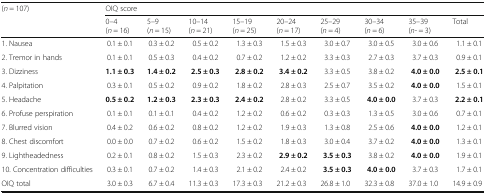
<table><thead><tr><td rowspan="2"><b>(<i>n</i> = 107)</b></td><td colspan="9"><b>OIQ score</b></td></tr><tr><td><b>0–4(<i>n</i> = 16)</b></td><td><b>5–9(<i>n</i> = 15)</b></td><td><b>10–14(<i>n</i> = 21)</b></td><td><b>15–19(<i>n</i> = 25)</b></td><td><b>20–24(<i>n</i> = 17)</b></td><td><b>25–29(<i>n</i> = 4)</b></td><td><b>30–34(<i>n</i> = 6)</b></td><td><b>35–39(<i>n</i>- = 3)</b></td><td><b>Total</b></td></tr></thead><tbody><tr><td>1. Nausea</td><td>0.1 ± 0.1</td><td>0.3 ± 0.2</td><td>0.5 ± 0.2</td><td>1.3 ± 0.3</td><td>1.5 ± 0.3</td><td>3.0 ± 0.7</td><td>3.0 ± 0.5</td><td>3.0 ± 0.6</td><td>1.1 ± 0.1</td></tr><tr><td>2. Tremor in hands</td><td>0.1 ± 0.1</td><td>0.5 ± 0.3</td><td>0.4 ± 0.2</td><td>0.7 ± 0.2</td><td>1.2 ± 0.2</td><td>3.3 ± 0.3</td><td>2.7 ± 0.3</td><td>3.7 ± 0.3</td><td>0.9 ± 0.1</td></tr><tr><td>3. Dizziness</td><td><b>1.1 ± 0.3</b></td><td><b>1.4 ± 0.2</b></td><td><b>2.5 ± 0.3</b></td><td><b>2.8 ± 0.2</b></td><td><b>3.4 ± 0.2</b></td><td>3.3 ± 0.5</td><td>3.8 ± 0.2</td><td><b>4.0 ± 0.0</b></td><td><b>2.5 ± 0.1</b></td></tr><tr><td>4. Palpitation</td><td>0.3 ± 0.1</td><td>0.5 ± 0.2</td><td>0.9 ± 0.2</td><td>1.8 ± 0.2</td><td>2.8 ± 0.3</td><td>2.5 ± 0.7</td><td>3.5 ± 0.2</td><td><b>4.0 ± 0.0</b></td><td>1.5 ± 0.1</td></tr><tr><td>5. Headache</td><td><b>0.5 ± 0.2</b></td><td><b>1.2 ± 0.3</b></td><td><b>2.3 ± 0.3</b></td><td><b>2.4 ± 0.2</b></td><td>2.8 ± 0.2</td><td>3.3 ± 0.5</td><td><b>4.0 ± 0.0</b></td><td>3.7 ± 0.3</td><td><b>2.2 ± 0.1</b></td></tr><tr><td>6. Profuse perspiration</td><td>0.1 ± 0.1</td><td>0.1 ± 0.1</td><td>0.4 ± 0.2</td><td>1.2 ± 0.2</td><td>0.6 ± 0.2</td><td>0.3 ± 0.3</td><td>1.3 ± 0.5</td><td>3.0 ± 0.6</td><td>0.7 ± 0.1</td></tr><tr><td>7. Blurred vision</td><td>0.4 ± 0.2</td><td>0.6 ± 0.2</td><td>0.8 ± 0.2</td><td>1.2 ± 0.2</td><td>1.9 ± 0.3</td><td>1.3 ± 0.8</td><td>2.5 ± 0.6</td><td><b>4.0 ± 0.0</b></td><td>1.2 ± 0.1</td></tr><tr><td>8. Chest discomfort</td><td>0.0 ± 0.0</td><td>0.7 ± 0.2</td><td>0.6 ± 0.2</td><td>1.5 ± 0.2</td><td>1.8 ± 0.3</td><td>3.0 ± 0.4</td><td>3.7 ± 0.2</td><td><b>4.0 ± 0.0</b></td><td>1.3 ± 0.1</td></tr><tr><td>9. Lightheadedness</td><td>0.2 ± 0.1</td><td>0.8 ± 0.2</td><td>1.5 ± 0.3</td><td>2.3 ± 0.2</td><td><b>2.9 ± 0.2</b></td><td><b>3.5 ± 0.3</b></td><td>3.8 ± 0.2</td><td><b>4.0 ± 0.0</b></td><td>1.9 ± 0.1</td></tr><tr><td>10. Concentration difficulties</td><td>0.3 ± 0.1</td><td>0.7 ± 0.2</td><td>1.4 ± 0.3</td><td>2.1 ± 0.2</td><td>2.4 ± 0.2</td><td><b>3.5 ± 0.3</b></td><td><b>4.0 ± 0.0</b></td><td>3.7 ± 0.3</td><td>1.7 ± 0.1</td></tr><tr><td>OIQ total</td><td>3.0 ± 0.3</td><td>6.7 ± 0.4</td><td>11.3 ± 0.3</td><td>17.3 ± 0.3</td><td>21.2 ± 0.3</td><td>26.8 ± 1.0</td><td>32.3 ± 0.8</td><td>37.0 ± 1.0</td><td>14.9 ± 0.9</td></tr></tbody></table>